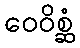
ဝေဝိစ္ဆံ